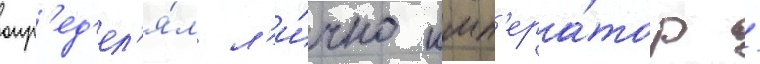
опр'ед'ел'я́л л'и́чно имп'ера́тор /